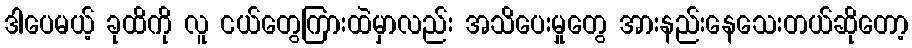
ဒါပေမယ့် ခုထိကို လူ ငယ်တွေကြားထဲမှာလည်း အသိပေးမှုတွေ အားနည်းနေသေးတယ်ဆိုတော့